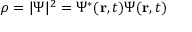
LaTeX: \rho = | \Psi | ^ { 2 } = \Psi ^ { * } ( \mathbf { r } , t ) \Psi ( \mathbf { r } , t ) \,